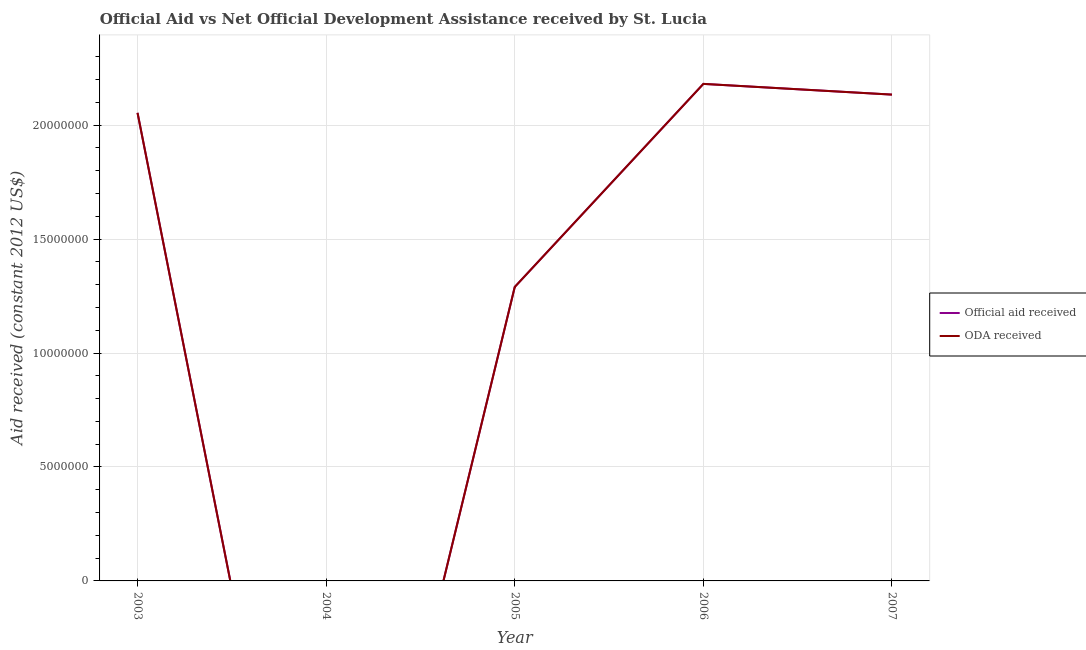
| Year | Official aid received | ODA received |
 | --- | --- | --- |
 | 2003 | 2.05e+07 | 2.05e+07 |
 | 2004 | -2.12e+07 | -2.12e+07 |
 | 2005 | 1.29e+07 | 1.29e+07 |
 | 2006 | 2.18e+07 | 2.18e+07 |
 | 2007 | 2.13e+07 | 2.13e+07 |